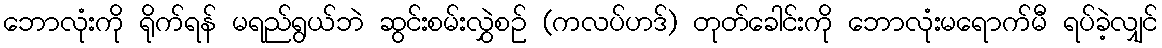
ဘောလုံးကို ရိုက်ရန် မရည်ရွယ်ဘဲ ဆွင်းစမ်းလွှဲစဉ် (ကလပ်ဟဒ်) တုတ်ခေါင်းကို ဘောလုံးမရောက်မီ ရပ်ခဲ့လျှင်